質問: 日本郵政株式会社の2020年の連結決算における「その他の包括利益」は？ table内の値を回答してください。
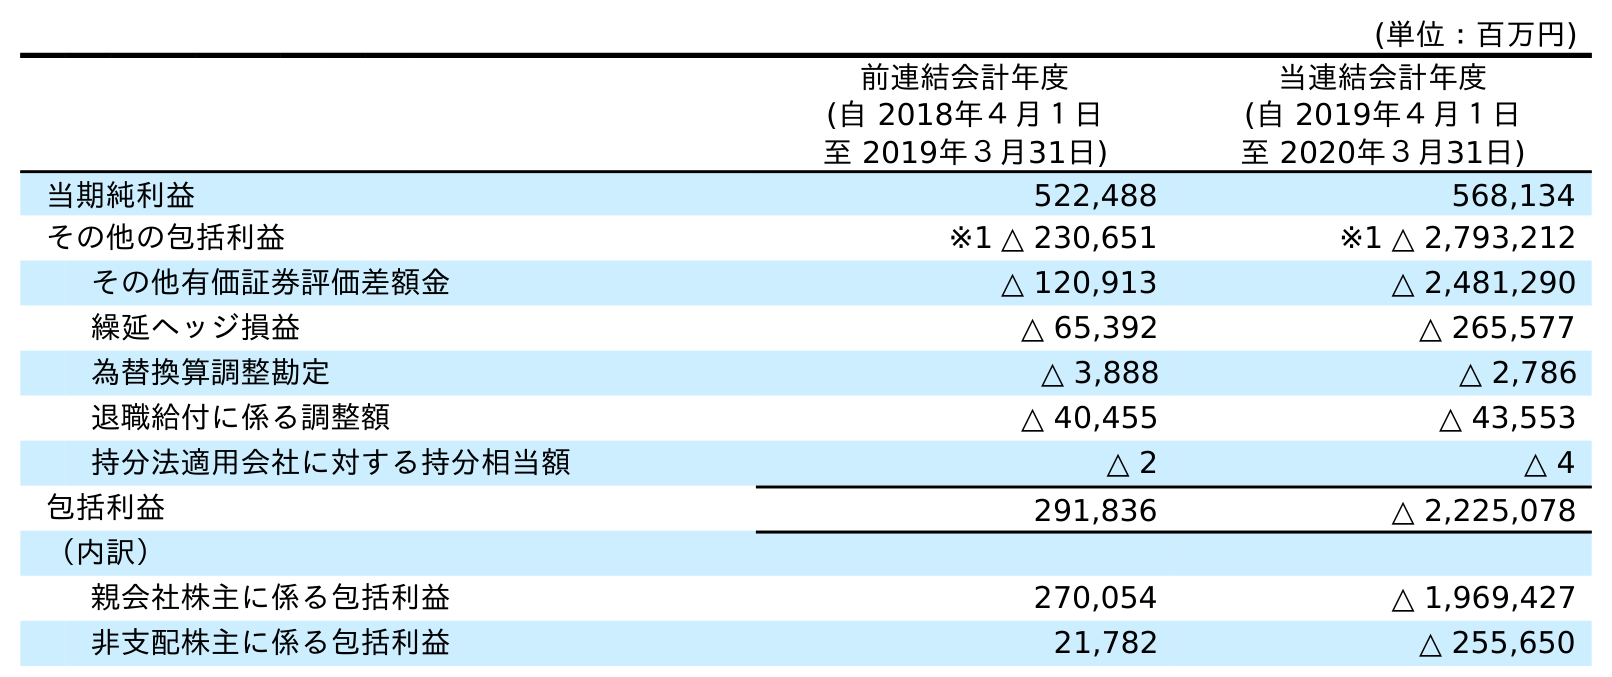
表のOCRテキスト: (単位：百万円) 前連結会計年度 (自 2018年４月１日 至 2019年３月31日) 当連結会計年度 (自 2019年４月１日 至 2020年３月31日) 当期純利益 522,488 568,134 その他の包括利益 ※1 △ 230,651 ※1 △ 2,793,212 その他有価証券評価差額金 △ 120,913 △ 2,481,290 繰延ヘッジ損益 △ 65,392 △ 265,577 為替換算調整勘定 △ 3,888 △ 2,786 退職給付に係る調整額 △ 40,455 △ 43,553 持分法適用会社に対する持分相当額 △ 2 △ 4 包括利益 291,836 △ 2,225,078 （内訳） 親会社株主に係る包括利益 270,054 △ 1,969,427 非支配株主に係る包括利益 21,782 △ 255,650
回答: ※1△2,793,212